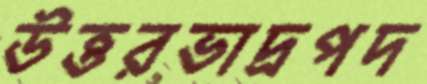
উত্তরভাদ্রপদ